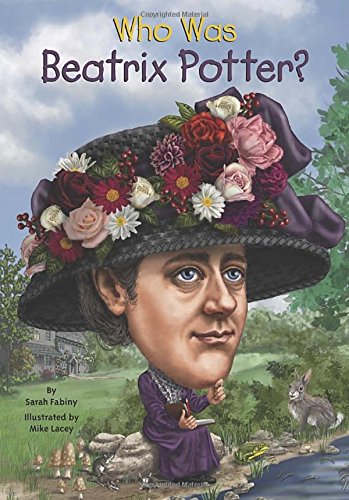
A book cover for Who Was Beatrix Potter?; Sarah Fabiny; Children's Books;